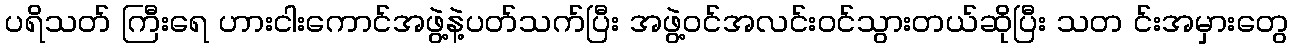
ပရိသတ် ကြီးရေ ဟားငါးကောင်အဖွဲ့နဲ့ပတ်သက်ပြီး အဖွဲ့ဝင်အလင်းဝင်သွားတယ်ဆိုပြီး သတ င်းအမှားတွေ